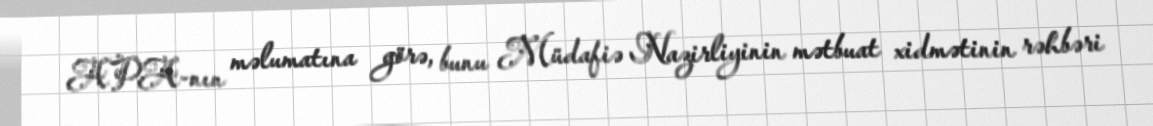
APA-nın məlumatına görə, bunu Müdafiə Nazirliyinin mətbuat xidmətinin rəhbəri